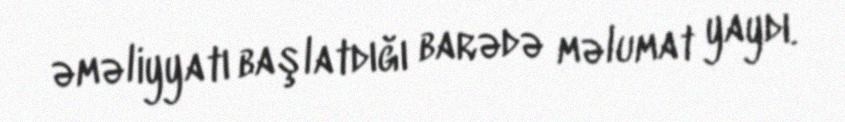
əməliyyatı başlatdığı barədə məlumat yaydı.